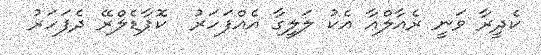
ކެދީރާ ވަނީ ރެއާލްއާ އެކު ލަލީގާ އެއްފަހަރު  ކޮޕާޑެލްރޭ ދެފަހަރު